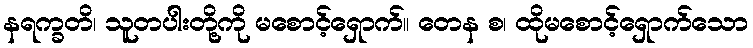
နရက္ခတိ၊ သူတပါးတို့ကို မစောင့်ရှောက်။ တေန စ၊ ထိုမစောင့်ရှောက်သော